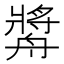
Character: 𱽁